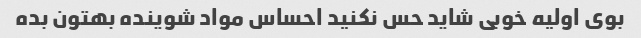
بوی اولیه خوبی شاید حس نکنید احساس مواد شوینده بهتون بده